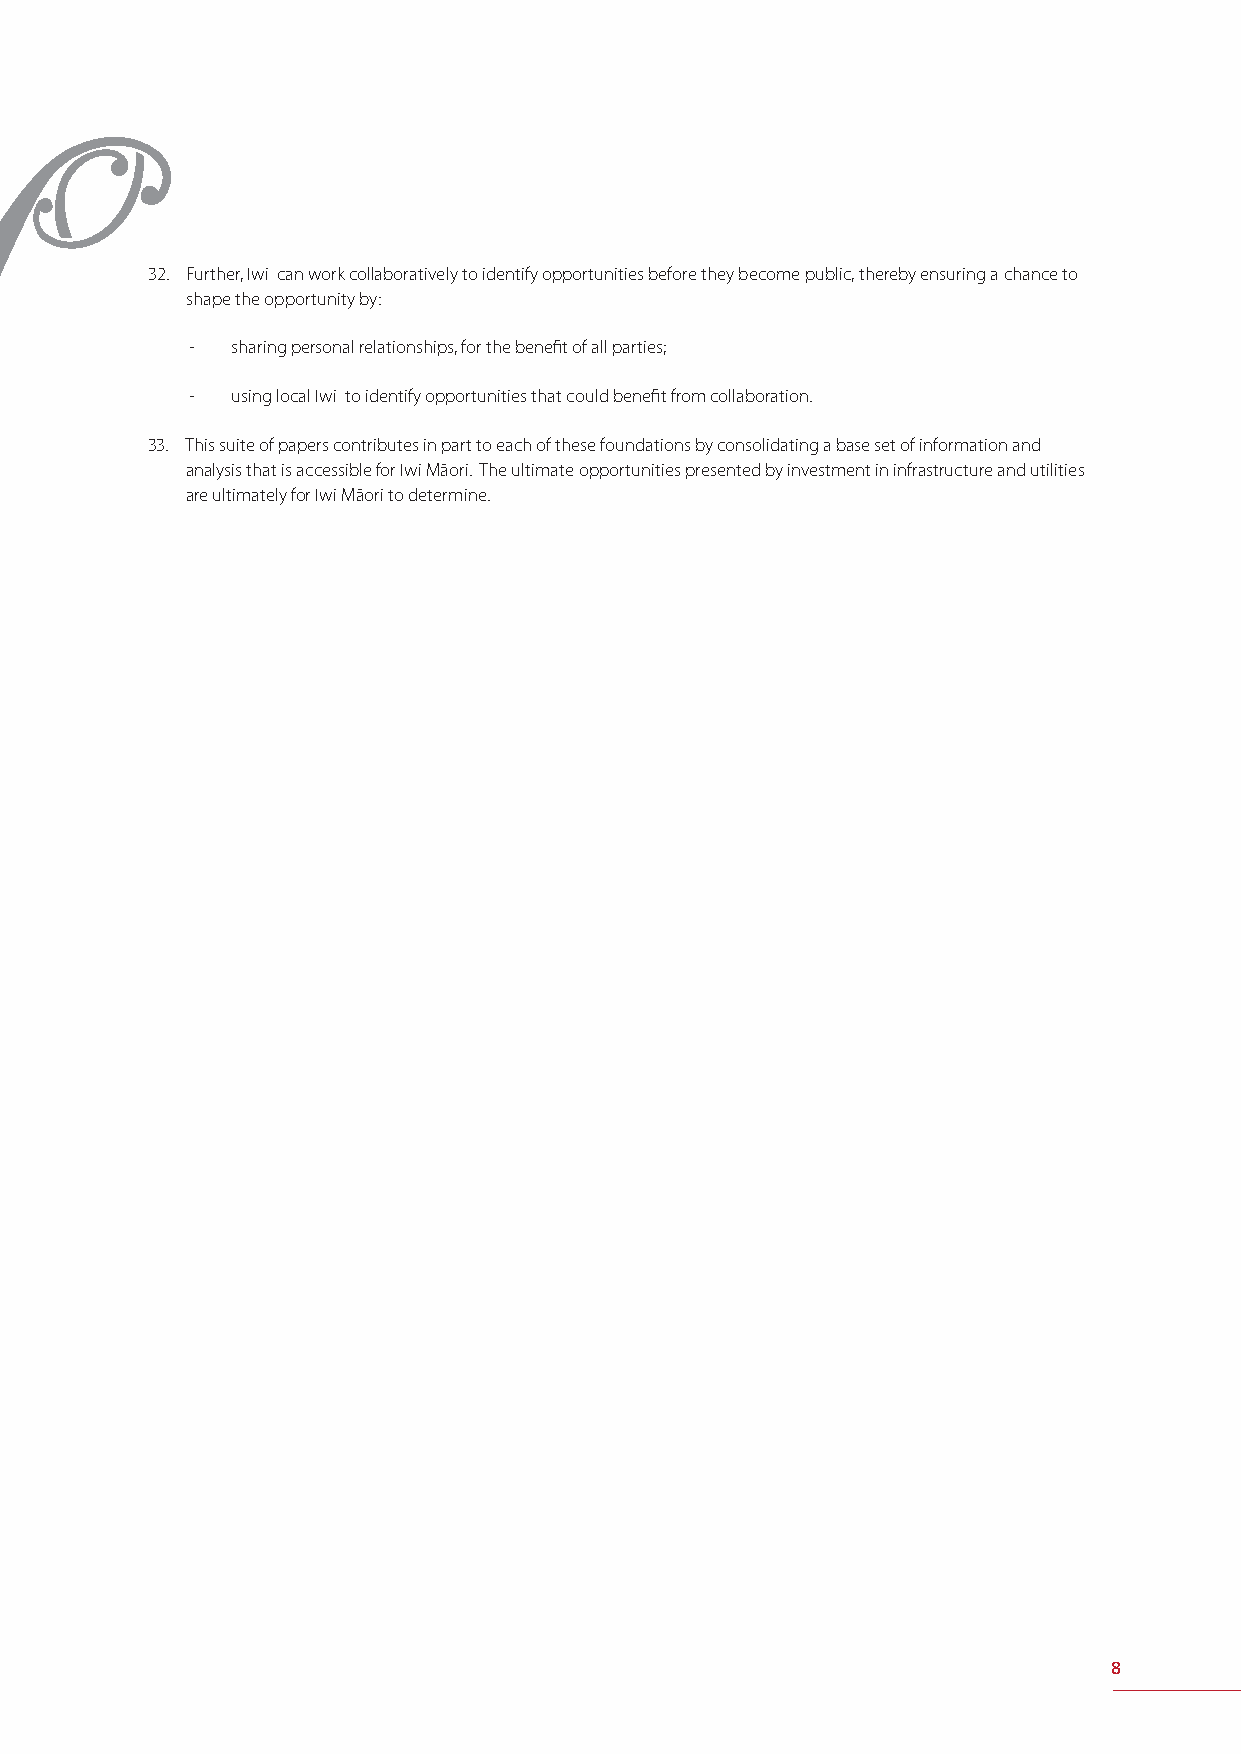
32. Further, Iwi can work collaboratively to identify opportunities before they become public, thereby ensuring a chance to
 shape the opportunity by:
 - sharing personal relationships, for the benefi t of all parties;
 - using local Iwi to identify opportunities that could benefi t from collaboration.
 33. This suite of papers contributes in part to each of these foundations by consolidating a base set of information and
 analysis that is accessible for Iwi Māori. The ultimate opportunities presented by investment in infrastructure and utilities
 are ultimately for Iwi Māori to determine.
 8